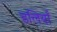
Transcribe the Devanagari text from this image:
डलियाँ